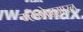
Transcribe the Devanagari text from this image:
ग्लेनोह्युमारल